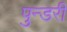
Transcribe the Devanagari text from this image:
पुन्डरी